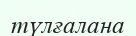
түлғалана